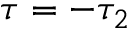
\tau = - \tau _ { 2 }